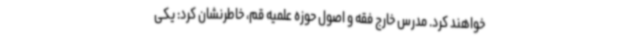
خواهند کرد. مدرس خارج فقه و اصول حوزه علمیه قم، خاطرنشان کرد: یکی